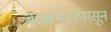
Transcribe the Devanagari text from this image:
बाळंभटांपासून